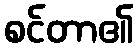
စင်တာ၏